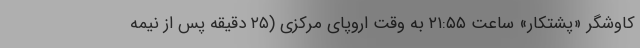
کاوشگر «پشتکار» ساعت ۲۱:۵۵ به وقت اروپای مرکزی (۲۵ دقیقه پس از نیمه